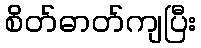
စိတ်ဓာတ်ကျပြီး